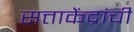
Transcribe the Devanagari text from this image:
सत्ताकेंद्रांची